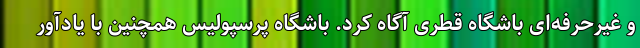
و غیرحرفه‌ای باشگاه قطری آگاه کرد. باشگاه پرسپولیس همچنین با یادآور